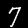
Digit: 7